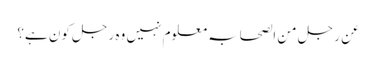
عن رجل من الصحابہ معلوم نہیں وہ رجل کون ہے؟